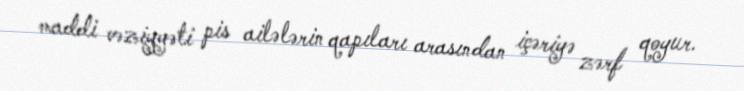
maddi vəziyyəti pis ailələrin qapıları arasından içəriyə zərf qoyur.